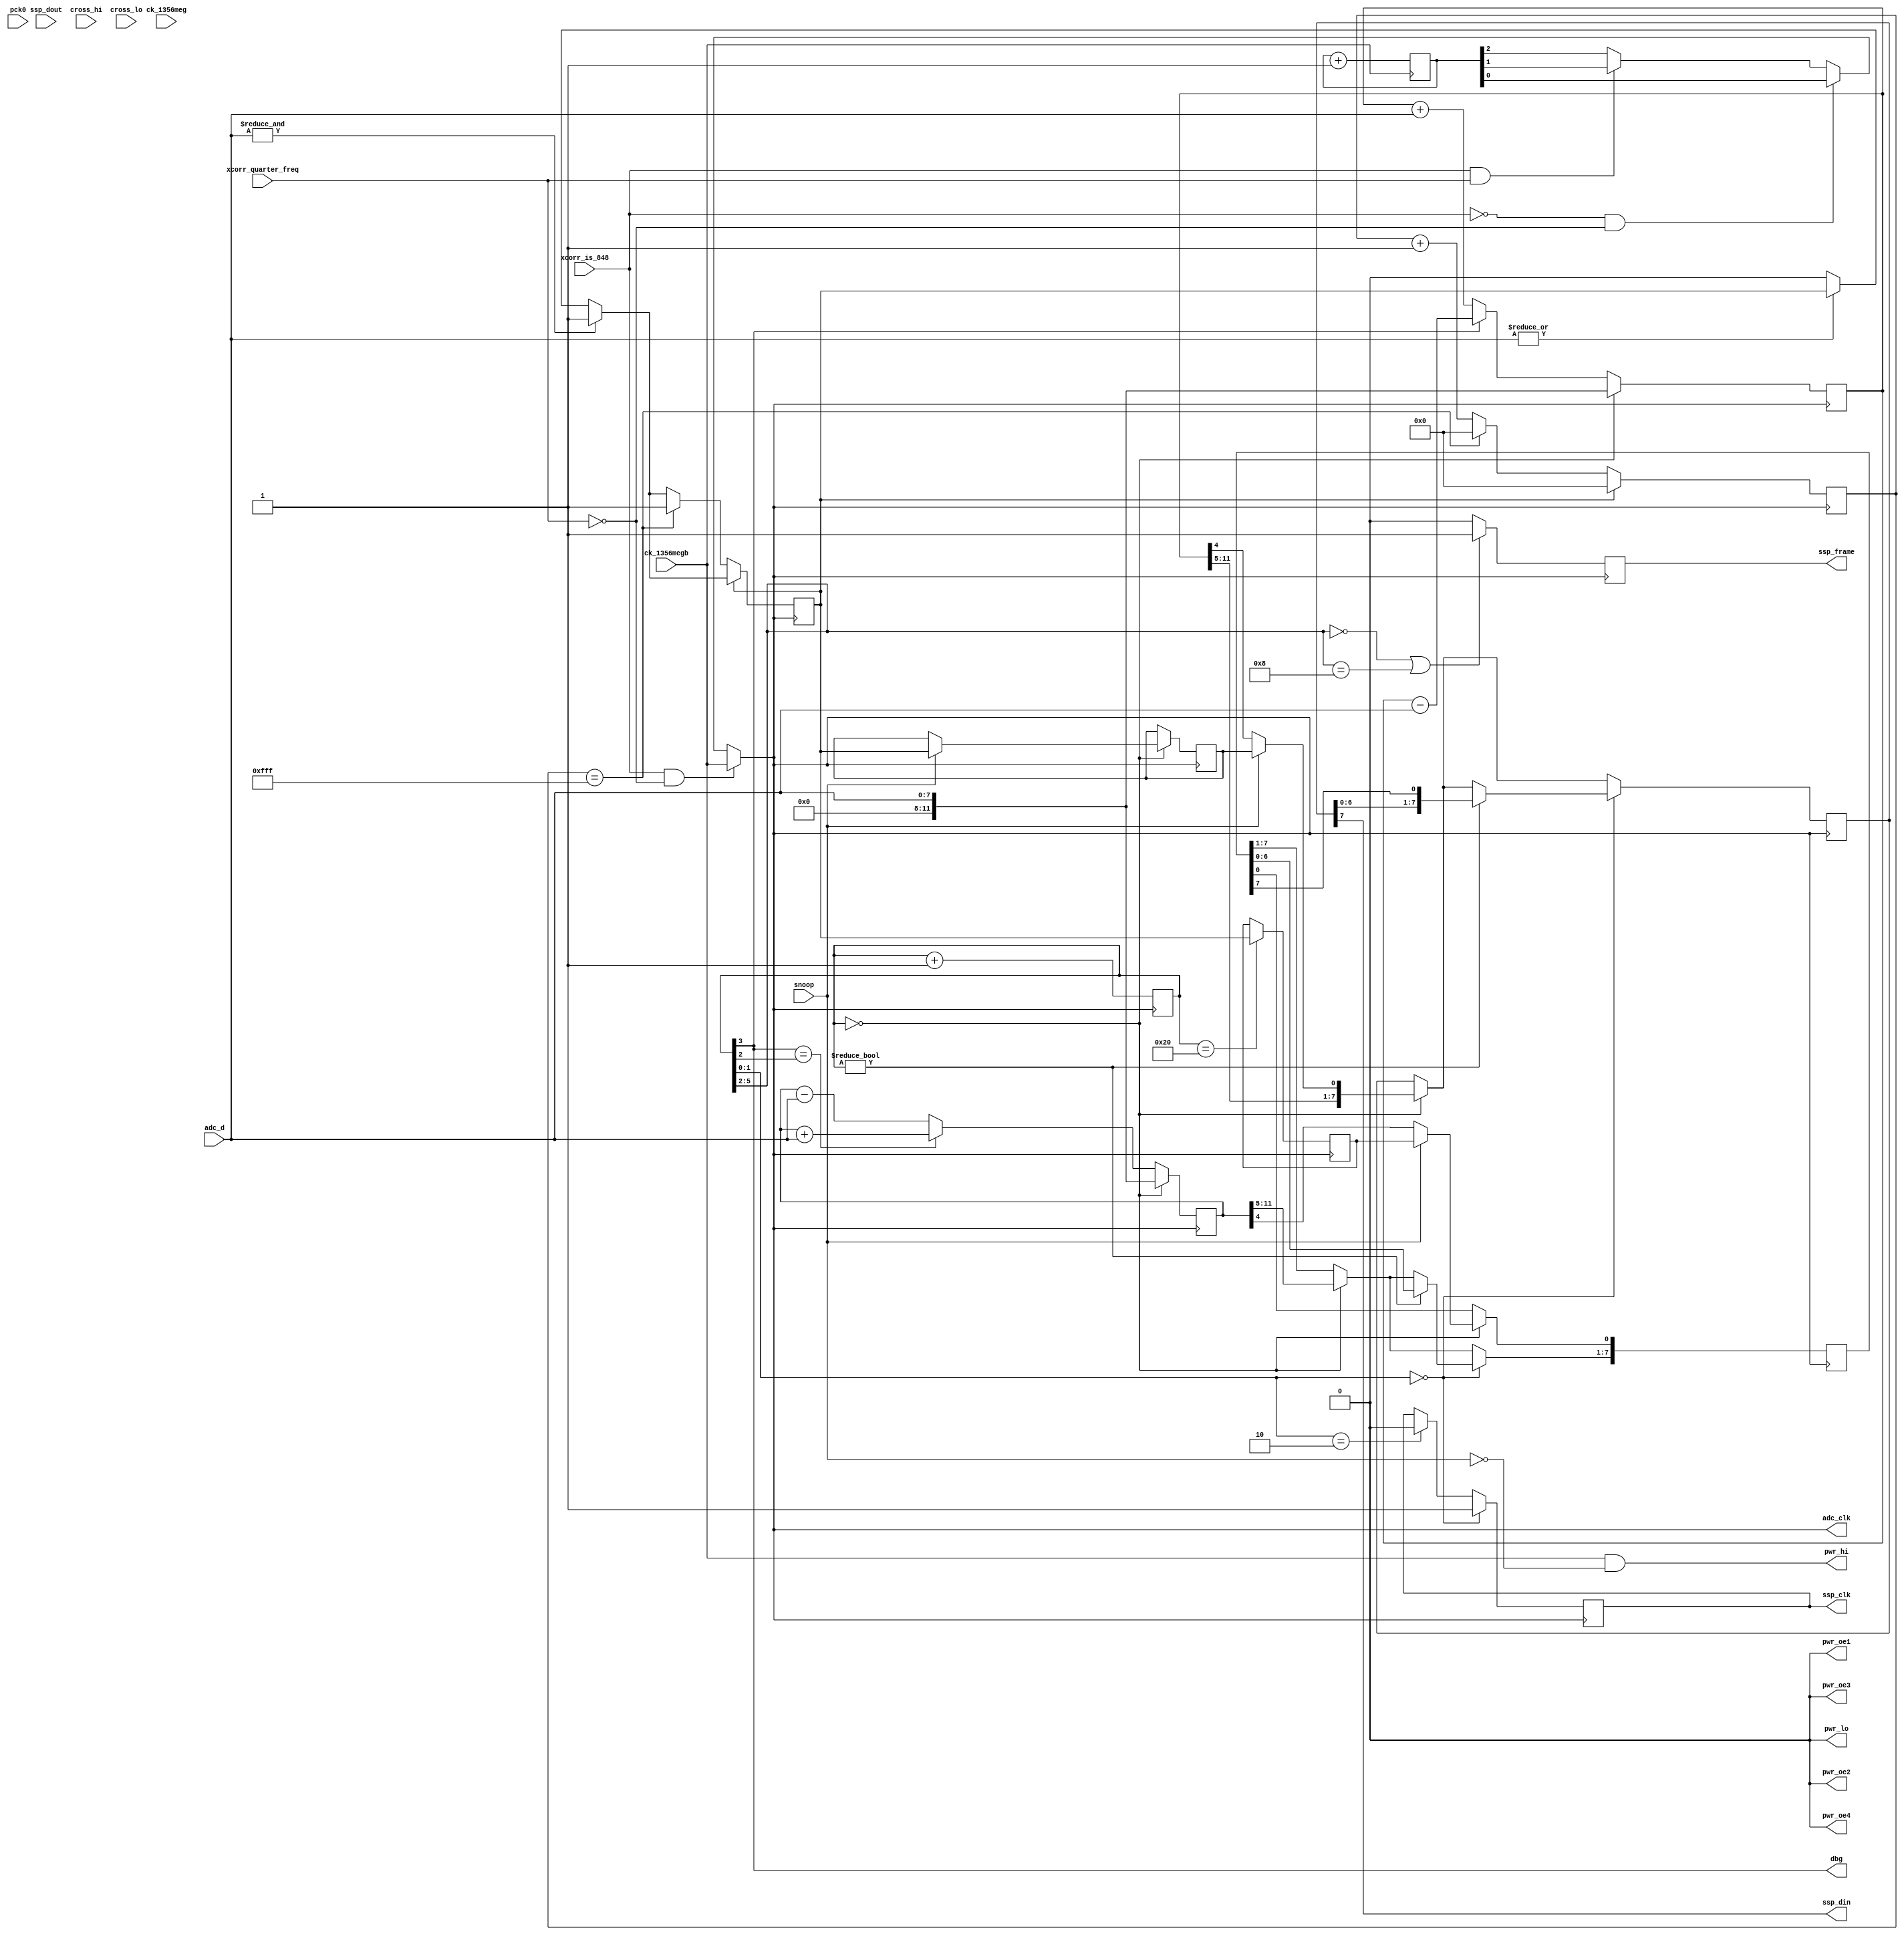
module hi_read_rx_xcorr(
    pck0, ck_1356meg, ck_1356megb,
    pwr_lo, pwr_hi, pwr_oe1, pwr_oe2, pwr_oe3, pwr_oe4,
    adc_d, adc_clk,
    ssp_frame, ssp_din, ssp_dout, ssp_clk,
    cross_hi, cross_lo,
    dbg,
    xcorr_is_848, snoop, xcorr_quarter_freq
);
    input pck0, ck_1356meg, ck_1356megb;
    output pwr_lo, pwr_hi, pwr_oe1, pwr_oe2, pwr_oe3, pwr_oe4;
    input [7:0] adc_d;
    output adc_clk;
    input ssp_dout;
    output ssp_frame, ssp_din, ssp_clk;
    input cross_hi, cross_lo;
    output dbg;
    input xcorr_is_848, snoop, xcorr_quarter_freq;

// Carrier is steady on through this, unless we're snooping.
assign pwr_hi = ck_1356megb & (~snoop);
assign pwr_oe1 = 1'b0;
assign pwr_oe3 = 1'b0;
assign pwr_oe4 = 1'b0;

reg [2:0] fc_div;
always @(negedge ck_1356megb)
    fc_div <= fc_div + 1;

(* clock_signal = "yes" *) reg adc_clk;				// sample frequency, always 16 * fc
always @(ck_1356megb, xcorr_is_848, xcorr_quarter_freq, fc_div)
	if (xcorr_is_848 & ~xcorr_quarter_freq)			// fc = 847.5 kHz, standard ISO14443B
		adc_clk <= ck_1356megb;
	else if (~xcorr_is_848 & ~xcorr_quarter_freq)	// fc = 423.75 kHz 
		adc_clk <= fc_div[0];
	else if (xcorr_is_848 & xcorr_quarter_freq)		// fc = 211.875 kHz
		adc_clk <= fc_div[1];
	else 											// fc = 105.9375 kHz
		adc_clk <= fc_div[2];
		
// When we're a reader, we just need to do the BPSK demod; but when we're an
// eavesdropper, we also need to pick out the commands sent by the reader,
// using AM. Do this the same way that we do it for the simulated tag.
reg after_hysteresis, after_hysteresis_prev, after_hysteresis_prev_prev;
reg [11:0] has_been_low_for;
always @(negedge adc_clk)
begin
    if(& adc_d[7:0]) after_hysteresis <= 1'b1;
    else if(~(| adc_d[7:0])) after_hysteresis <= 1'b0;

    if(after_hysteresis)
    begin
        has_been_low_for <= 7'b0;
    end
    else
    begin
        if(has_been_low_for == 12'd4095)
        begin
            has_been_low_for <= 12'd0;
            after_hysteresis <= 1'b1;
        end
        else
            has_been_low_for <= has_been_low_for + 1;
    end
end

// Let us report a correlation every 4 subcarrier cycles, or 4*16=64 samples,
// so we need a 6-bit counter.
reg [5:0] corr_i_cnt;
// And a couple of registers in which to accumulate the correlations.
// We would add at most 32 times the difference between unmodulated and modulated signal. It should
// be safe to assume that a tag will not be able to modulate the carrier signal by more than 25%.
// 32 * 255 * 0,25 = 2040, which can be held in 11 bits. Add 1 bit for sign.
reg signed [11:0] corr_i_accum;
reg signed [11:0] corr_q_accum;
// we will report maximum 8 significant bits
reg signed [7:0] corr_i_out;
reg signed [7:0] corr_q_out;
// clock and frame signal for communication to ARM
reg ssp_clk;
reg ssp_frame;


always @(negedge adc_clk)
begin
	corr_i_cnt <= corr_i_cnt + 1;
end		
		

// ADC data appears on the rising edge, so sample it on the falling edge
always @(negedge adc_clk)
begin
    // These are the correlators: we correlate against in-phase and quadrature
    // versions of our reference signal, and keep the (signed) result to
    // send out later over the SSP.
    if(corr_i_cnt == 6'd0)
    begin
        if(snoop)
        begin
			// Send 7 most significant bits of tag signal (signed), plus 1 bit reader signal
            corr_i_out <= {corr_i_accum[11:5], after_hysteresis_prev_prev};
            corr_q_out <= {corr_q_accum[11:5], after_hysteresis_prev};
			after_hysteresis_prev_prev <= after_hysteresis;
        end
        else
        begin
            // 8 bits of tag signal
            corr_i_out <= corr_i_accum[11:4];
            corr_q_out <= corr_q_accum[11:4];
        end

        corr_i_accum <= adc_d;
        corr_q_accum <= adc_d;
    end
    else
    begin
        if(corr_i_cnt[3])
            corr_i_accum <= corr_i_accum - adc_d;
        else
            corr_i_accum <= corr_i_accum + adc_d;

        if(corr_i_cnt[3] == corr_i_cnt[2])			// phase shifted by pi/2
            corr_q_accum <= corr_q_accum + adc_d;
        else
            corr_q_accum <= corr_q_accum - adc_d;

    end

    // The logic in hi_simulate.v reports 4 samples per bit. We report two
    // (I, Q) pairs per bit, so we should do 2 samples per pair.
    if(corr_i_cnt == 6'd32)
        after_hysteresis_prev <= after_hysteresis;

    // Then the result from last time is serialized and send out to the ARM.
    // We get one report each cycle, and each report is 16 bits, so the
    // ssp_clk should be the adc_clk divided by 64/16 = 4.

    if(corr_i_cnt[1:0] == 2'b10)
        ssp_clk <= 1'b0;

    if(corr_i_cnt[1:0] == 2'b00)
    begin
        ssp_clk <= 1'b1;
        // Don't shift if we just loaded new data, obviously.
        if(corr_i_cnt != 6'd0)
        begin
            corr_i_out[7:0] <= {corr_i_out[6:0], corr_q_out[7]};
            corr_q_out[7:1] <= corr_q_out[6:0];
        end
    end

	// set ssp_frame signal for corr_i_cnt = 0..3 and corr_i_cnt = 32..35
	// (send two frames with 8 Bits each)
    if(corr_i_cnt[5:2] == 4'b0000 || corr_i_cnt[5:2] == 4'b1000)
        ssp_frame = 1'b1;
    else
        ssp_frame = 1'b0;

end

assign ssp_din = corr_i_out[7];

assign dbg = corr_i_cnt[3];

// Unused.
assign pwr_lo = 1'b0;
assign pwr_oe2 = 1'b0;

endmodule